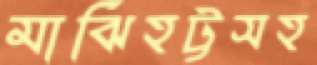
মাঝিহট্টসহ